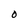
Character: O